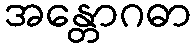
အန္တောဂဓာ